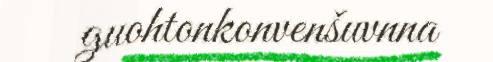
guohtonkonvenšuvnna